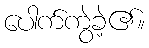
ပေါက်ကွဲခဲ့၏။